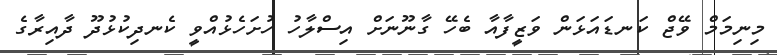
މިނިމަމް ވޭޖް ކަނޑައަޅަން ވަޒީފާއާ ބެހޭ ގާނޫނަށް އިސްލާހު ހުށަހެޅުއްވީ ކެނދިކުޅުދޫ ދާއިރާގެ